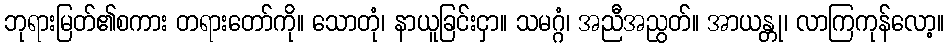
ဘုရားမြတ်၏စကား တရားတော်ကို။ သောတုံ၊ နာယူခြင်းငှာ။ သမဂ္ဂံ၊ အညီအညွတ်။ အာယန္တု၊ လာကြကုန်လော့။